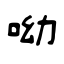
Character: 呦